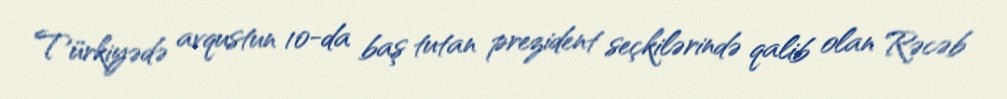
Türkiyədə avqustun 10-da baş tutan prezident seçkilərində qalib olan Rəcəb